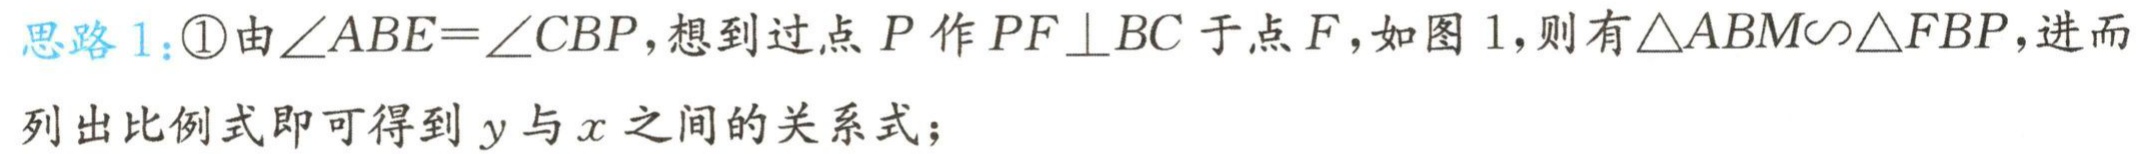
思路1：\textcircled{1}由\(\angle ABE = \angle CBP\)，想到过点\(P\)作\(PF\perp BC\)于点\(F\)，如图1，则有\(\triangle ABM\sim\triangle FBP\)，进而列出比例式即可得到\(y\)与\(x\)之间的关系式；